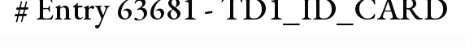
# Entry 63681 - TD1_ID_CARD